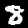
Digit: 8